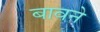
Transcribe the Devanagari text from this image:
बावने